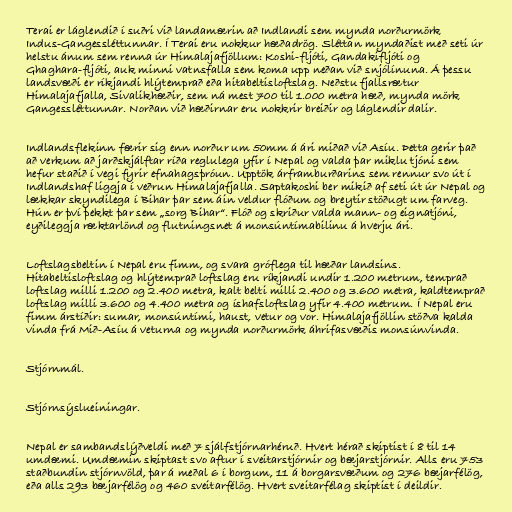
Terai er láglendið í suðri við landamærin að Indlandi sem mynda norðurmörk
Indus-Gangessléttunnar. Í Terai eru nokkur hæðadrög. Sléttan myndaðist með seti úr
helstu ánum sem renna úr Himalajafjöllum: Koshi-fljóti, Gandakifljóti og
Ghaghara-fljóti, auk minni vatnsfalla sem koma upp neðan við snjólínuna. Á þessu
landsvæði er ríkjandi hlýtemprað eða hitabeltisloftslag. Neðstu fjallsrætur
Himalajafjalla, Sivalikhæðir, sem ná mest 700 til 1.000 metra hæð, mynda mörk
Gangessléttunnar. Norðan við hæðirnar eru nokkrir breiðir og láglendir dalir.

Indlandsflekinn færir sig enn norður um 50mm á ári miðað við Asíu. Þetta gerir það
að verkum að jarðskjálftar ríða reglulega yfir í Nepal og valda þar miklu tjóni sem
hefur staðið í vegi fyrir efnahagsþróun. Upptök árframburðarins sem rennur svo út í
Indlandshaf liggja í veðrun Himalajafjalla. Saptakoshi ber mikið af seti út úr Nepal og
lækkar skyndilega í Bihar þar sem áin veldur flóðum og breytir stöðugt um farveg.
Hún er því þekkt þar sem „sorg Bihar“. Flóð og skriður valda mann- og eignatjóni,
eyðileggja ræktarlönd og flutningsnet á monsúntímabilinu á hverju ári.

Loftslagsbeltin í Nepal eru fimm, og svara gróflega til hæðar landsins.
Hitabeltisloftslag og hlýtemprað loftslag eru ríkjandi undir 1.200 metrum, temprað
loftslag milli 1.200 og 2.400 metra, kalt belti milli 2.400 og 3.600 metra, kaldtemprað
loftslag milli 3.600 og 4.400 metra og íshafsloftslag yfir 4.400 metrum. Í Nepal eru
fimm árstíðir: sumar, monsúntími, haust, vetur og vor. Himalajafjöllin stöðva kalda
vinda frá Mið-Asíu á veturna og mynda norðurmörk áhrifasvæðis monsúnvinda.

Stjórnmál.

Stjórnsýslueiningar.

Nepal er sambandslýðveldi með 7 sjálfstjórnarhéruð. Hvert hérað skiptist í 8 til 14
umdæmi. Umdæmin skiptast svo aftur í sveitarstjórnir og bæjarstjórnir. Alls eru 753
staðbundin stjórnvöld, þar á meðal 6 í borgum, 11 á borgarsvæðum og 276 bæjarfélög,
eða alls 293 bæjarfélög og 460 sveitarfélög. Hvert sveitarfélag skiptist í deildir.